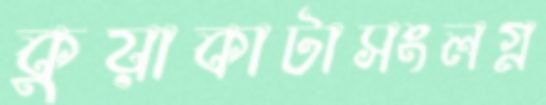
কুয়াকাটাসংলগ্ন